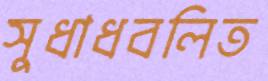
সুধাধবলিত